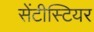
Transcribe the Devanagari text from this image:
सेंटीस्टियर